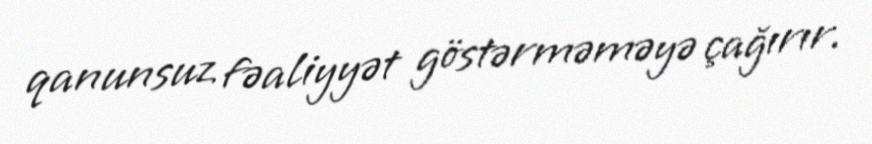
qanunsuz fəaliyyət göstərməməyə çağırır.